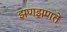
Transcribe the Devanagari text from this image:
झणझणते